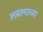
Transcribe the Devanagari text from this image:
लढल्याच्या